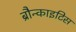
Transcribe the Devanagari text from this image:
ब्रौन्काइटिस